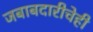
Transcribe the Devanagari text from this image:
जबाबदारीचेही